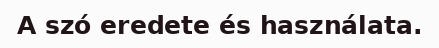
A szó eredete és használata.